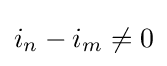
i_{n}-i_{m}\neq 0